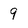
Character: 9